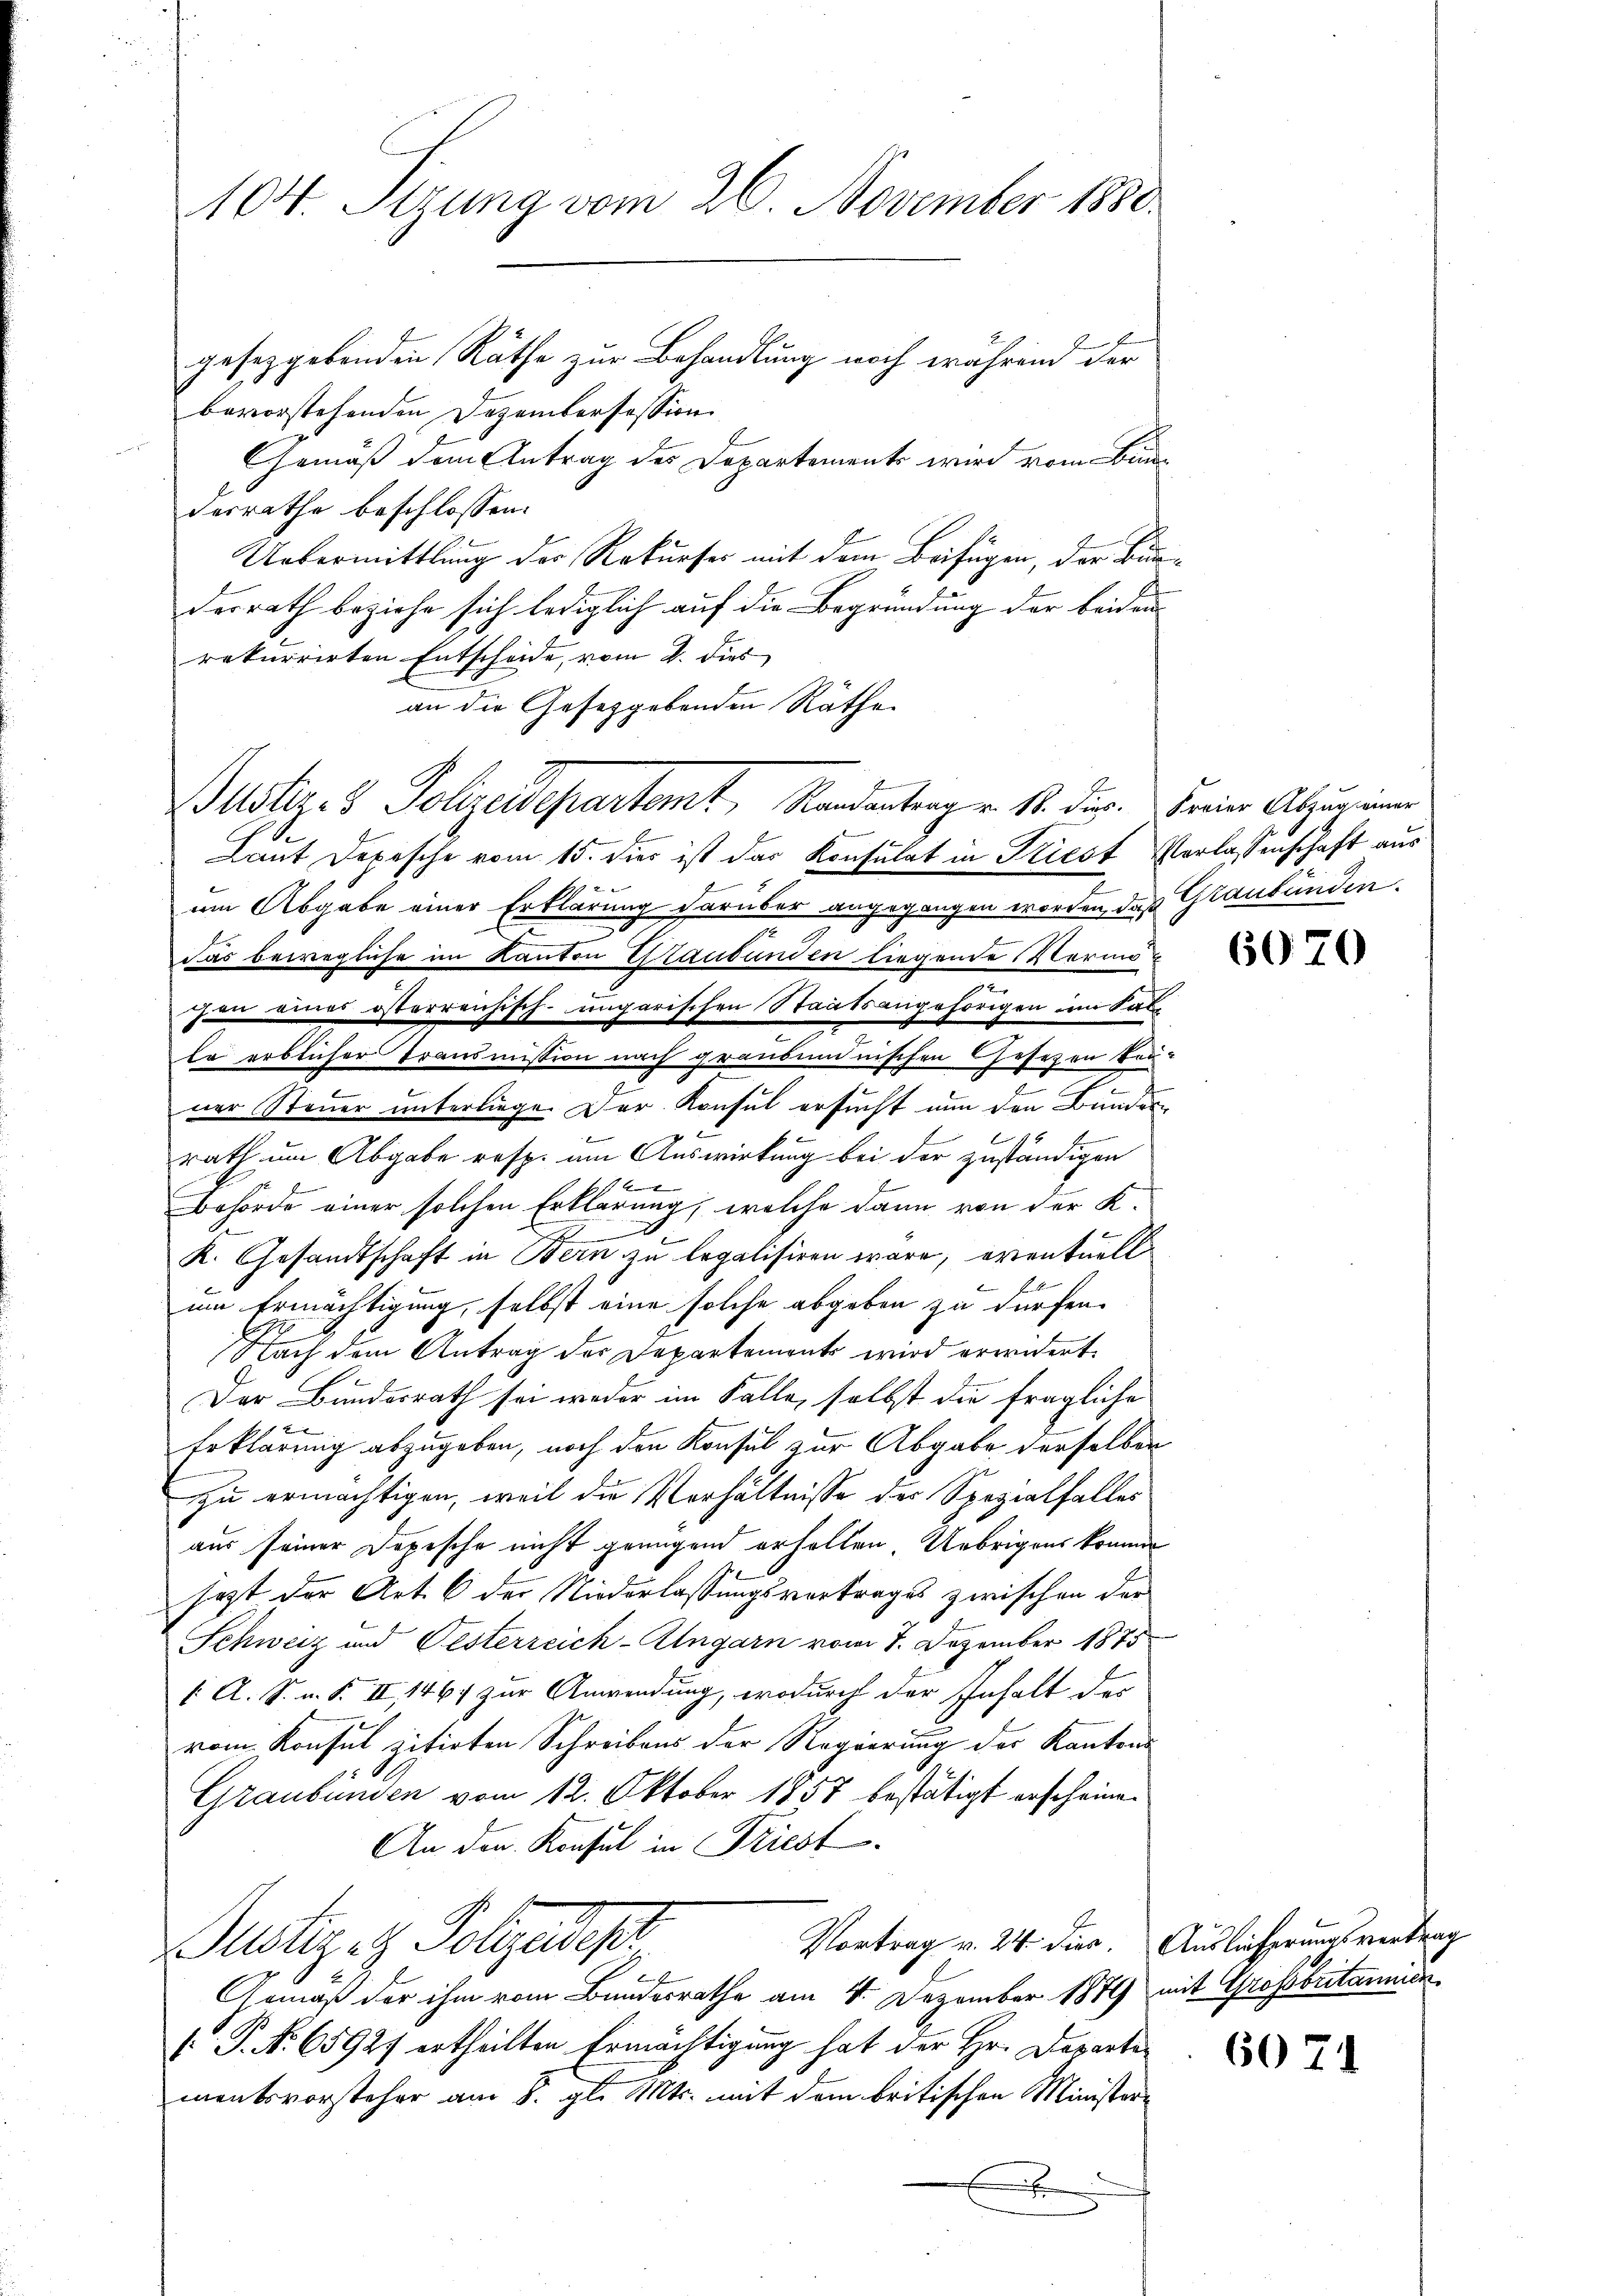
104. Sizung vom 26. November 1880.

gesetzgebenden Räthe zur Behandlung noch während der
bevorstehenden Dezembersession
Gemäß dem Antrag des Departemente wird vom Bunderrathe beschlossen:
Uebermittlung der Rekurser mit dem Beifügen, der Burdesrath beziehe sich lediglich auf die Begründung der beiden
rekurrirten Entscheide, vom 2. dies
an die Gesetzgebenden Räthe
E
Laut Depesche vom 15. dies ist das Konsulat in Priest Verlassenschaft aus
um Abgabe einer Erklärung darüber angegangen worden, daß Glaubünden
Das bewegliche im Kanton Glaubunden liegende Vermöhin eines österrenhisch-ungarischen Staatsangehörigen im Sat
la erblicher Transmission nach graubündnischen Gesetzen Bau-
ner Steuer unterliege. Der Konsul ersucht nun den Bundesrath um Abgabe resp. am Auswirkung bei der zuständigen
114
Behörde einer solchen Erklärung, welche dann von der K.
.
K. Gesandtschaft in Bern zu legalisiren wäre, eventuell
um Ermächtigung, selbst eine solche abgeben zu dürfen.
ach dem Antrag der Departements wird erwidert.
Der Bundesrath sei weder im Falle, selbst die fragliche
x
Erklärung abzugeben, noch den Konsul zur Abgabe derselben
zu ermächtigen, weil die Verhältnisse der Spezialfalles
aus seiner Dopische nicht genügend erhalten. Uebrigens komme
sagt der Art. 6 der Niederlassungsvertrages zwischen der
Schweiz und Testerreich-Alngarn vom 7. Dezember 1875
1 A. S. n. F. II, 1467 zur Anwendung, wodurch der Inhalt der
vom Konsul zitirten Schreibens der Regierung des Kantons
Graubünden vom 12. Oktober 1857 bestätigt erscheinen
An den Konsul in Priest
Vortrag v. 24 dies. Auslieferungsvertrag
Justizet Polizeidep
Gemäß der ihm vom Bundesrathe am 4. Dezember 1879 mit Grossbritannien
[P. Nr. 65927 ertheilten Ermächtigung hat der Hr. Departementsvorsteher am 8. gl. Mts. mit dem britischen Ministere
x

Bustiz- & Polizeidepartemt, Randantrag v. M. dir. Ferier Abzurinen

6070

6071